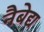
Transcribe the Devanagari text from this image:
नैबेद्य